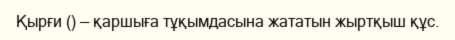
Қырғи () — қаршыға тұқымдасына жататын жыртқыш құс.